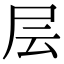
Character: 层